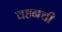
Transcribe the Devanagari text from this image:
वहनची